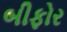
બીફોર